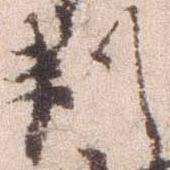
判